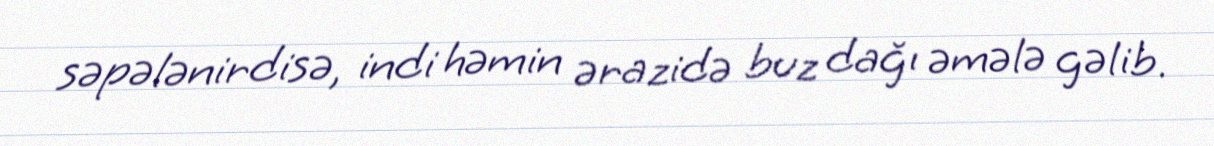
səpələnirdisə, indi həmin ərazidə buz dağı əmələ gəlib.